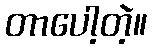
တာပေါ့တဲ့။